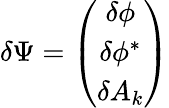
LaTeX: \delta\Psi=\left(\begin{array}{c}{{\delta\phi}}\\ {{\delta\phi^{\ast}}}\\ {{\delta A_{k}}}\end{array}\right)